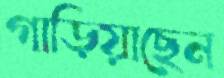
গাড়িয়াছেন